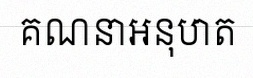
គណនាអនុបាត